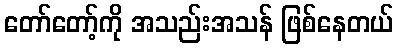
တော်တော့်ကို အသည်းအသန် ဖြစ်နေတယ်